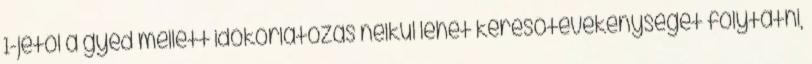
1-jétől a gyed mellett időkorlátozás nélkül lehet keresőtevékenységet folytatni,